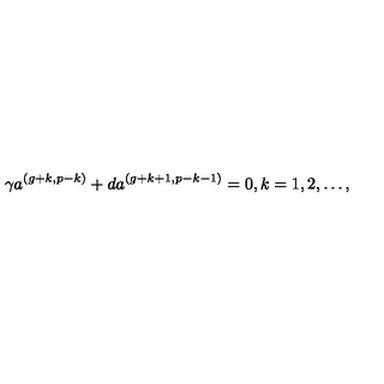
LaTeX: \gamma a ^ { ( g + k , p - k ) } + d a ^ { ( g + k + 1 , p - k - 1 ) } = 0 , k = 1 , 2 , \ldots ,